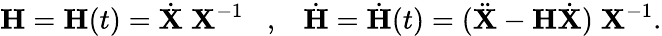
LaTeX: {\mathbf H}={\mathbf H}(t)=\dot{{\mathbf X}}\; {\mathbf X}^{-1}\; \; \; ,\; \; \; \dot{{\mathbf H}}=\dot{{\mathbf H}}(t)=(\ddot{{\mathbf X}}-{\mathbf H}\dot{{\mathbf X}})\; {\mathbf X}^{-1}.